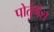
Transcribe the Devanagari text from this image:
पोर्तुगेस